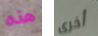
هذه أخرى